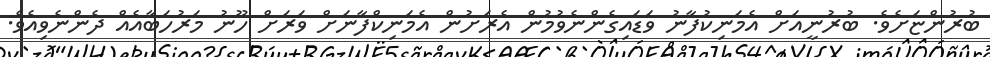
ބުރުންޏަށެވެ. ބުރުނީއަށް އެމަނިކުފާނު ވަޑައިގެންނެވުމުން އެރަށުން އެމަނިކްފާނަށް ވަރަށް ހޫނު މަރުހަބާއެއް ދެންނެވިއެވެ.